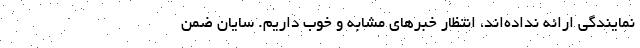
نمایندگی ارائه نداده‌اند، انتظار خبرهای مشابه و خوب داریم. سایان ضمن